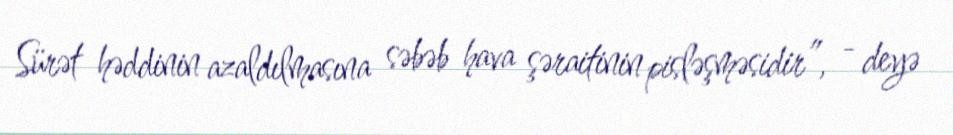
Sürət həddinin azaldılmasına səbəb hava şəraitinin pisləşməsidir”, - deyə